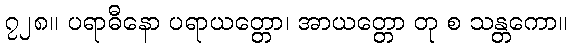
၇၂၈။ ပရာဓီနော ပရာယတ္တော၊ အာယတ္တော တု စ သန္တကော။